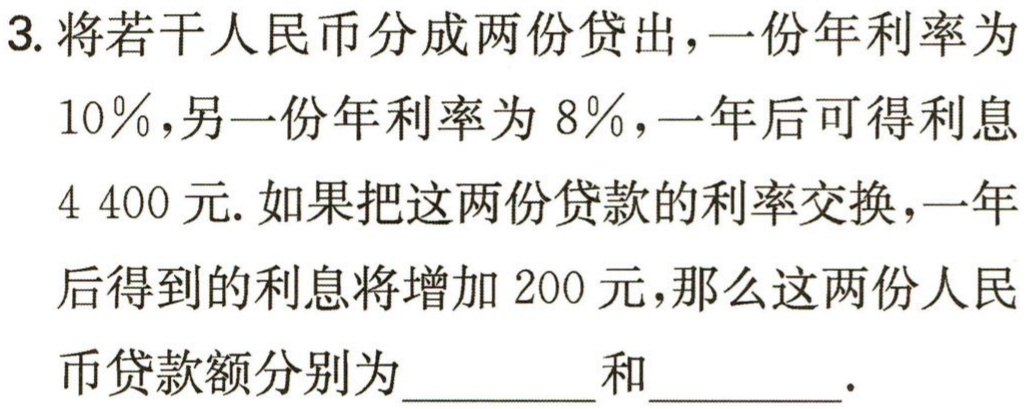
3. 将若干人民币分成两份贷出，一份年利率为

$10\%$，另一份年利率为$8\%$，一年后可得利息

$4 400$元. 如果把这两份贷款的利率交换，一年

后得到的利息将增加$200$元，那么这两份人民

币贷款额分别为__________和__________.